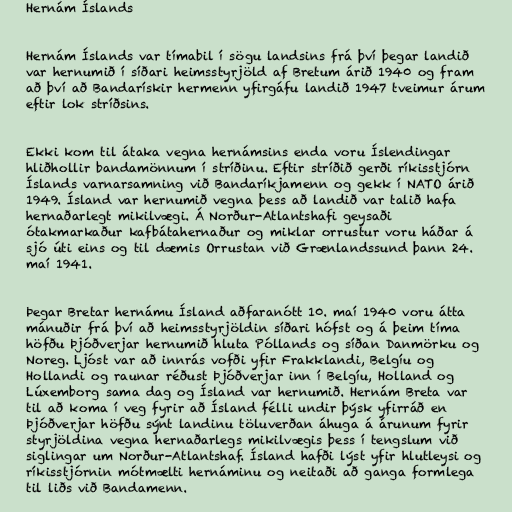
Hernám Íslands

Hernám Íslands var tímabil í sögu landsins frá því þegar landið
var hernumið í síðari heimsstyrjöld af Bretum árið 1940 og fram
að því að Bandarískir hermenn yfirgáfu landið 1947 tveimur árum
eftir lok stríðsins.

Ekki kom til átaka vegna hernámsins enda voru Íslendingar
hliðhollir bandamönnum í stríðinu. Eftir stríðið gerði ríkisstjórn
Íslands varnarsamning við Bandaríkjamenn og gekk í NATO árið
1949. Ísland var hernumið vegna þess að landið var talið hafa
hernaðarlegt mikilvægi. Á Norður-Atlantshafi geysaði
ótakmarkaður kafbátahernaður og miklar orrustur voru háðar á
sjó úti eins og til dæmis Orrustan við Grænlandssund þann 24.
maí 1941.

Þegar Bretar hernámu Ísland aðfaranótt 10. maí 1940 voru átta
mánuðir frá því að heimsstyrjöldin síðari hófst og á þeim tíma
höfðu Þjóðverjar hernumið hluta Póllands og síðan Danmörku og
Noreg. Ljóst var að innrás vofði yfir Frakklandi, Belgíu og
Hollandi og raunar réðust Þjóðverjar inn í Belgíu, Holland og
Lúxemborg sama dag og Ísland var hernumið. Hernám Breta var
til að koma í veg fyrir að Ísland félli undir þýsk yfirráð en
Þjóðverjar höfðu sýnt landinu töluverðan áhuga á árunum fyrir
styrjöldina vegna hernaðarlegs mikilvægis þess í tengslum við
siglingar um Norður-Atlantshaf. Ísland hafði lýst yfir hlutleysi og
ríkisstjórnin mótmælti hernáminu og neitaði að ganga formlega
til liðs við Bandamenn.